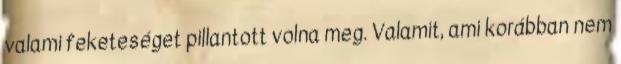
valami feketeséget pillantott volna meg. Valamit, ami korábban nem